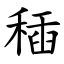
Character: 䅤